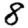
Digit: 8